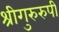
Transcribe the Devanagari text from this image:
श्रीगुरुरुपी